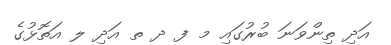
އަދި ތިންވަނަ ބުރުގައި މ ފ ދ ތ އަދި ލ އަތޮޅުގެ